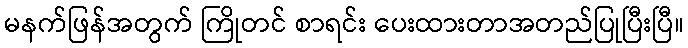
မနက်ဖြန်အတွက် ကြိုတင် စာရင်း ပေးထားတာအတည်ပြုပြီးပြီ။